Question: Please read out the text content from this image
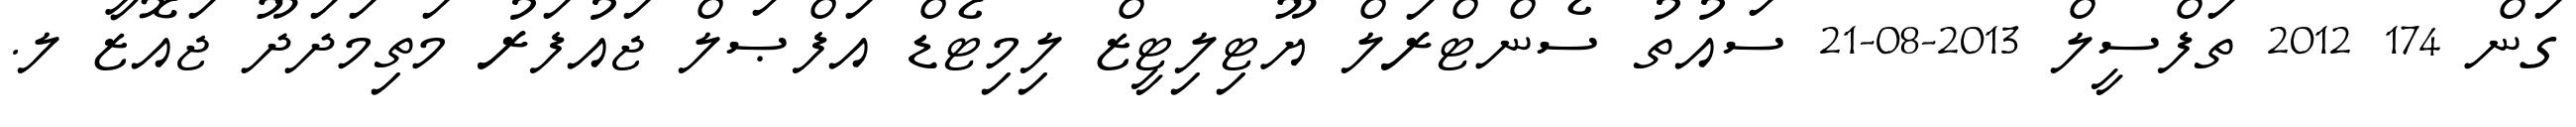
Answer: ގަން 174 2012 ތަފްސީލް 2013-08-21 ސައުތު ސެންޓްރަލް ޔޫޓިލިޓީޒް ލިމިޓެޑް އަފްޞަލް ޖައުފަރު މަތިމަދަދޫ ޖައޮޒާ ލ.